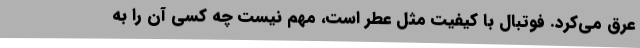
عرق می‌کرد. فوتبالِ با کیفیت مثل عطر است، مهم نیست چه کسی آن را به